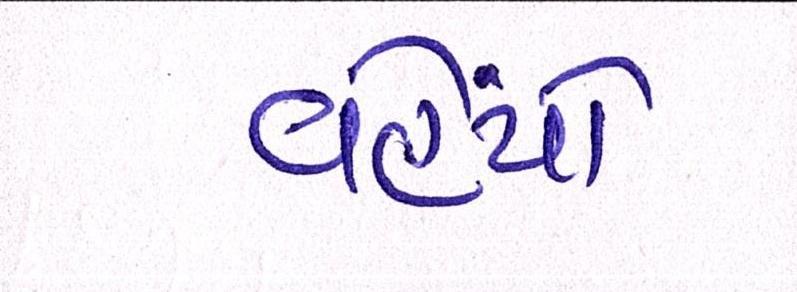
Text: વહેંચો